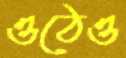
ওঠেও